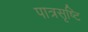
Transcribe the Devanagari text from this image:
पात्रसृष्टि